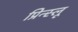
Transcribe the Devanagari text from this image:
प्रिन्स्लू